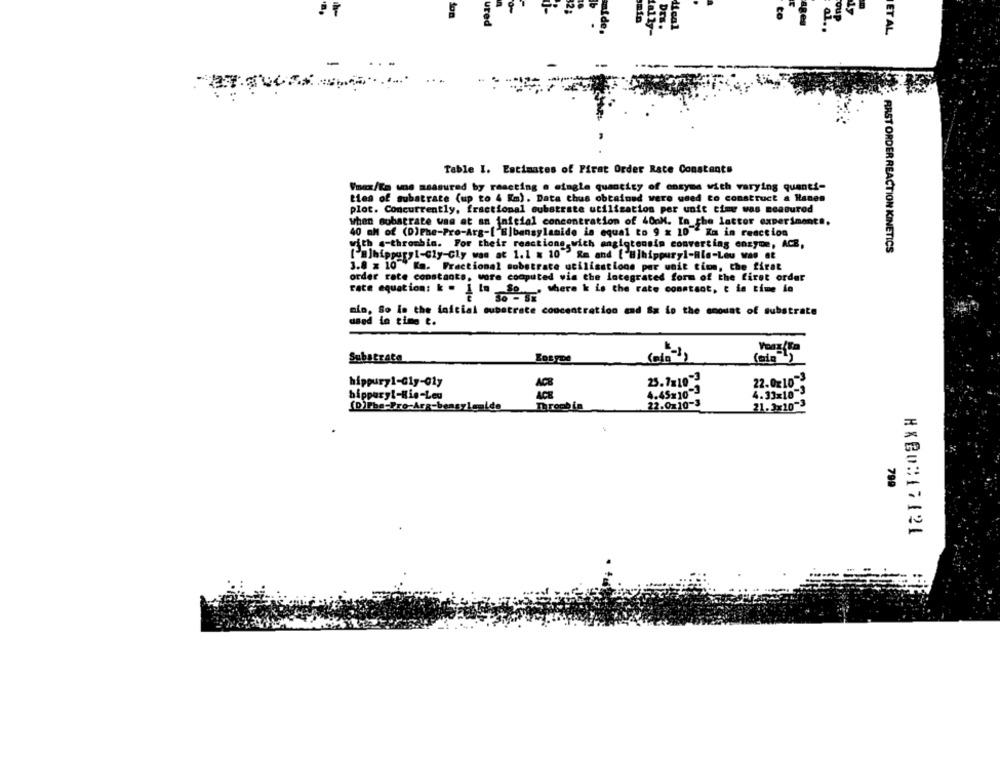
to
ages
oup
ide,
tally-
Dr.
Mical
al ..
ET AL.
Table I. Estimates of Pirat Order Rate Constants
Vmax/Ea une measured by reacting a single quantity of onsyma with varying quanti-
ties of substrate (up to 4 Km). Data chus obtained were used to construct a Hanen
plot. Concurrently, fractional oubstrate utilisation per unit time was measured
when substrate was at an initial concentration of 400M. In the latter experiments.
40 mM of (D)Phe-Pro-Arg-['Elbansylamide is equal to 9 x 10 Km in reaction
with s-thrombin. For their reactions with angiotensin converting enzyme, ACE,
FIRST ORDER REACTION KINETICS
[B]hippury1-Gly-Cly was at 1.1 x 10"" gs and [ B]hippury]-Ble-Lou was at
3.8 x 10 * Km. Fractional substrate utilisations per unit tion, the firat
order rate constants, wore computed via the Integrated form of the first order
rate equation: k . 1 la So .. where k Lo the rate constant, e in time lo
mio. So in the inicial substrate concentret
Lo the amount of substrate
used in time t.
Substrate
22.0z10-3
hippury1-Gly-01y
ACB
25.7x10-3
bippary !- Bie-Leg
4.45x10-3
-3
4.33x10-3
22.0x10-3
(D)Pbe-Pro-Arg-bensylem!
Thrombin
21. 2x10-3
799
#XB0#17121